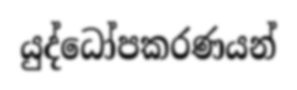
යුද්ධෝපකරණයන්